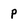
Character: p